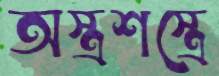
অস্ত্রশস্ত্রে